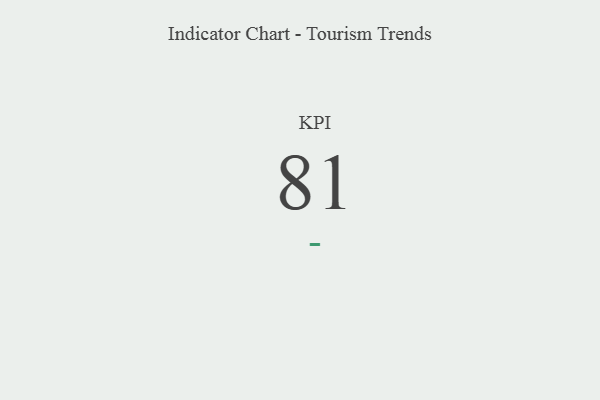
{"axis": {"x": "KPI", "y": "Value"}, "legend": [""], "data": [{"x": "KPI", "y": 81, "type": ""}]}